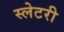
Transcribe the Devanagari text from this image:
स्लेटरी